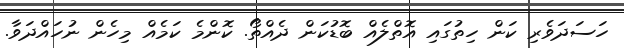
ހަސަދަވެރި ކަން ހިތުގައި އޮތްލެއް ބޮޑުކަން ދެއްތޯ. ކޮންމެ ކަމެއް މިހެން ނުހައްދަވާ.